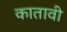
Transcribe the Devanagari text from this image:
कातावी